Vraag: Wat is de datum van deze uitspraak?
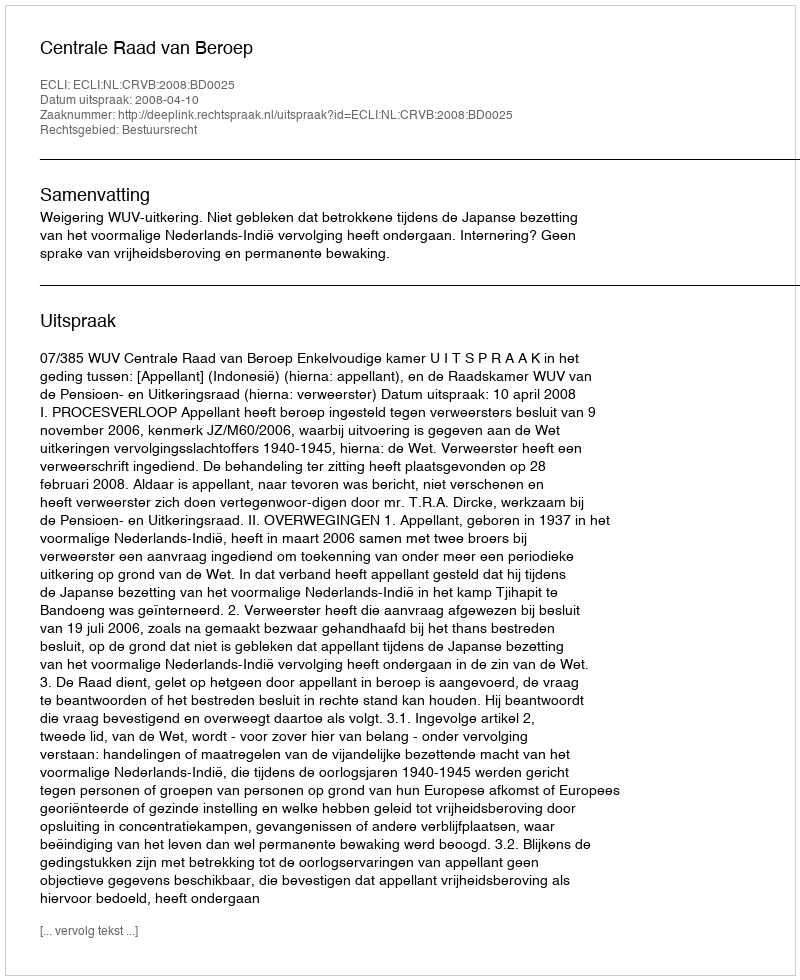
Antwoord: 2008-04-10